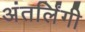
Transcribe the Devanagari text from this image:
अंतर्लिंगी